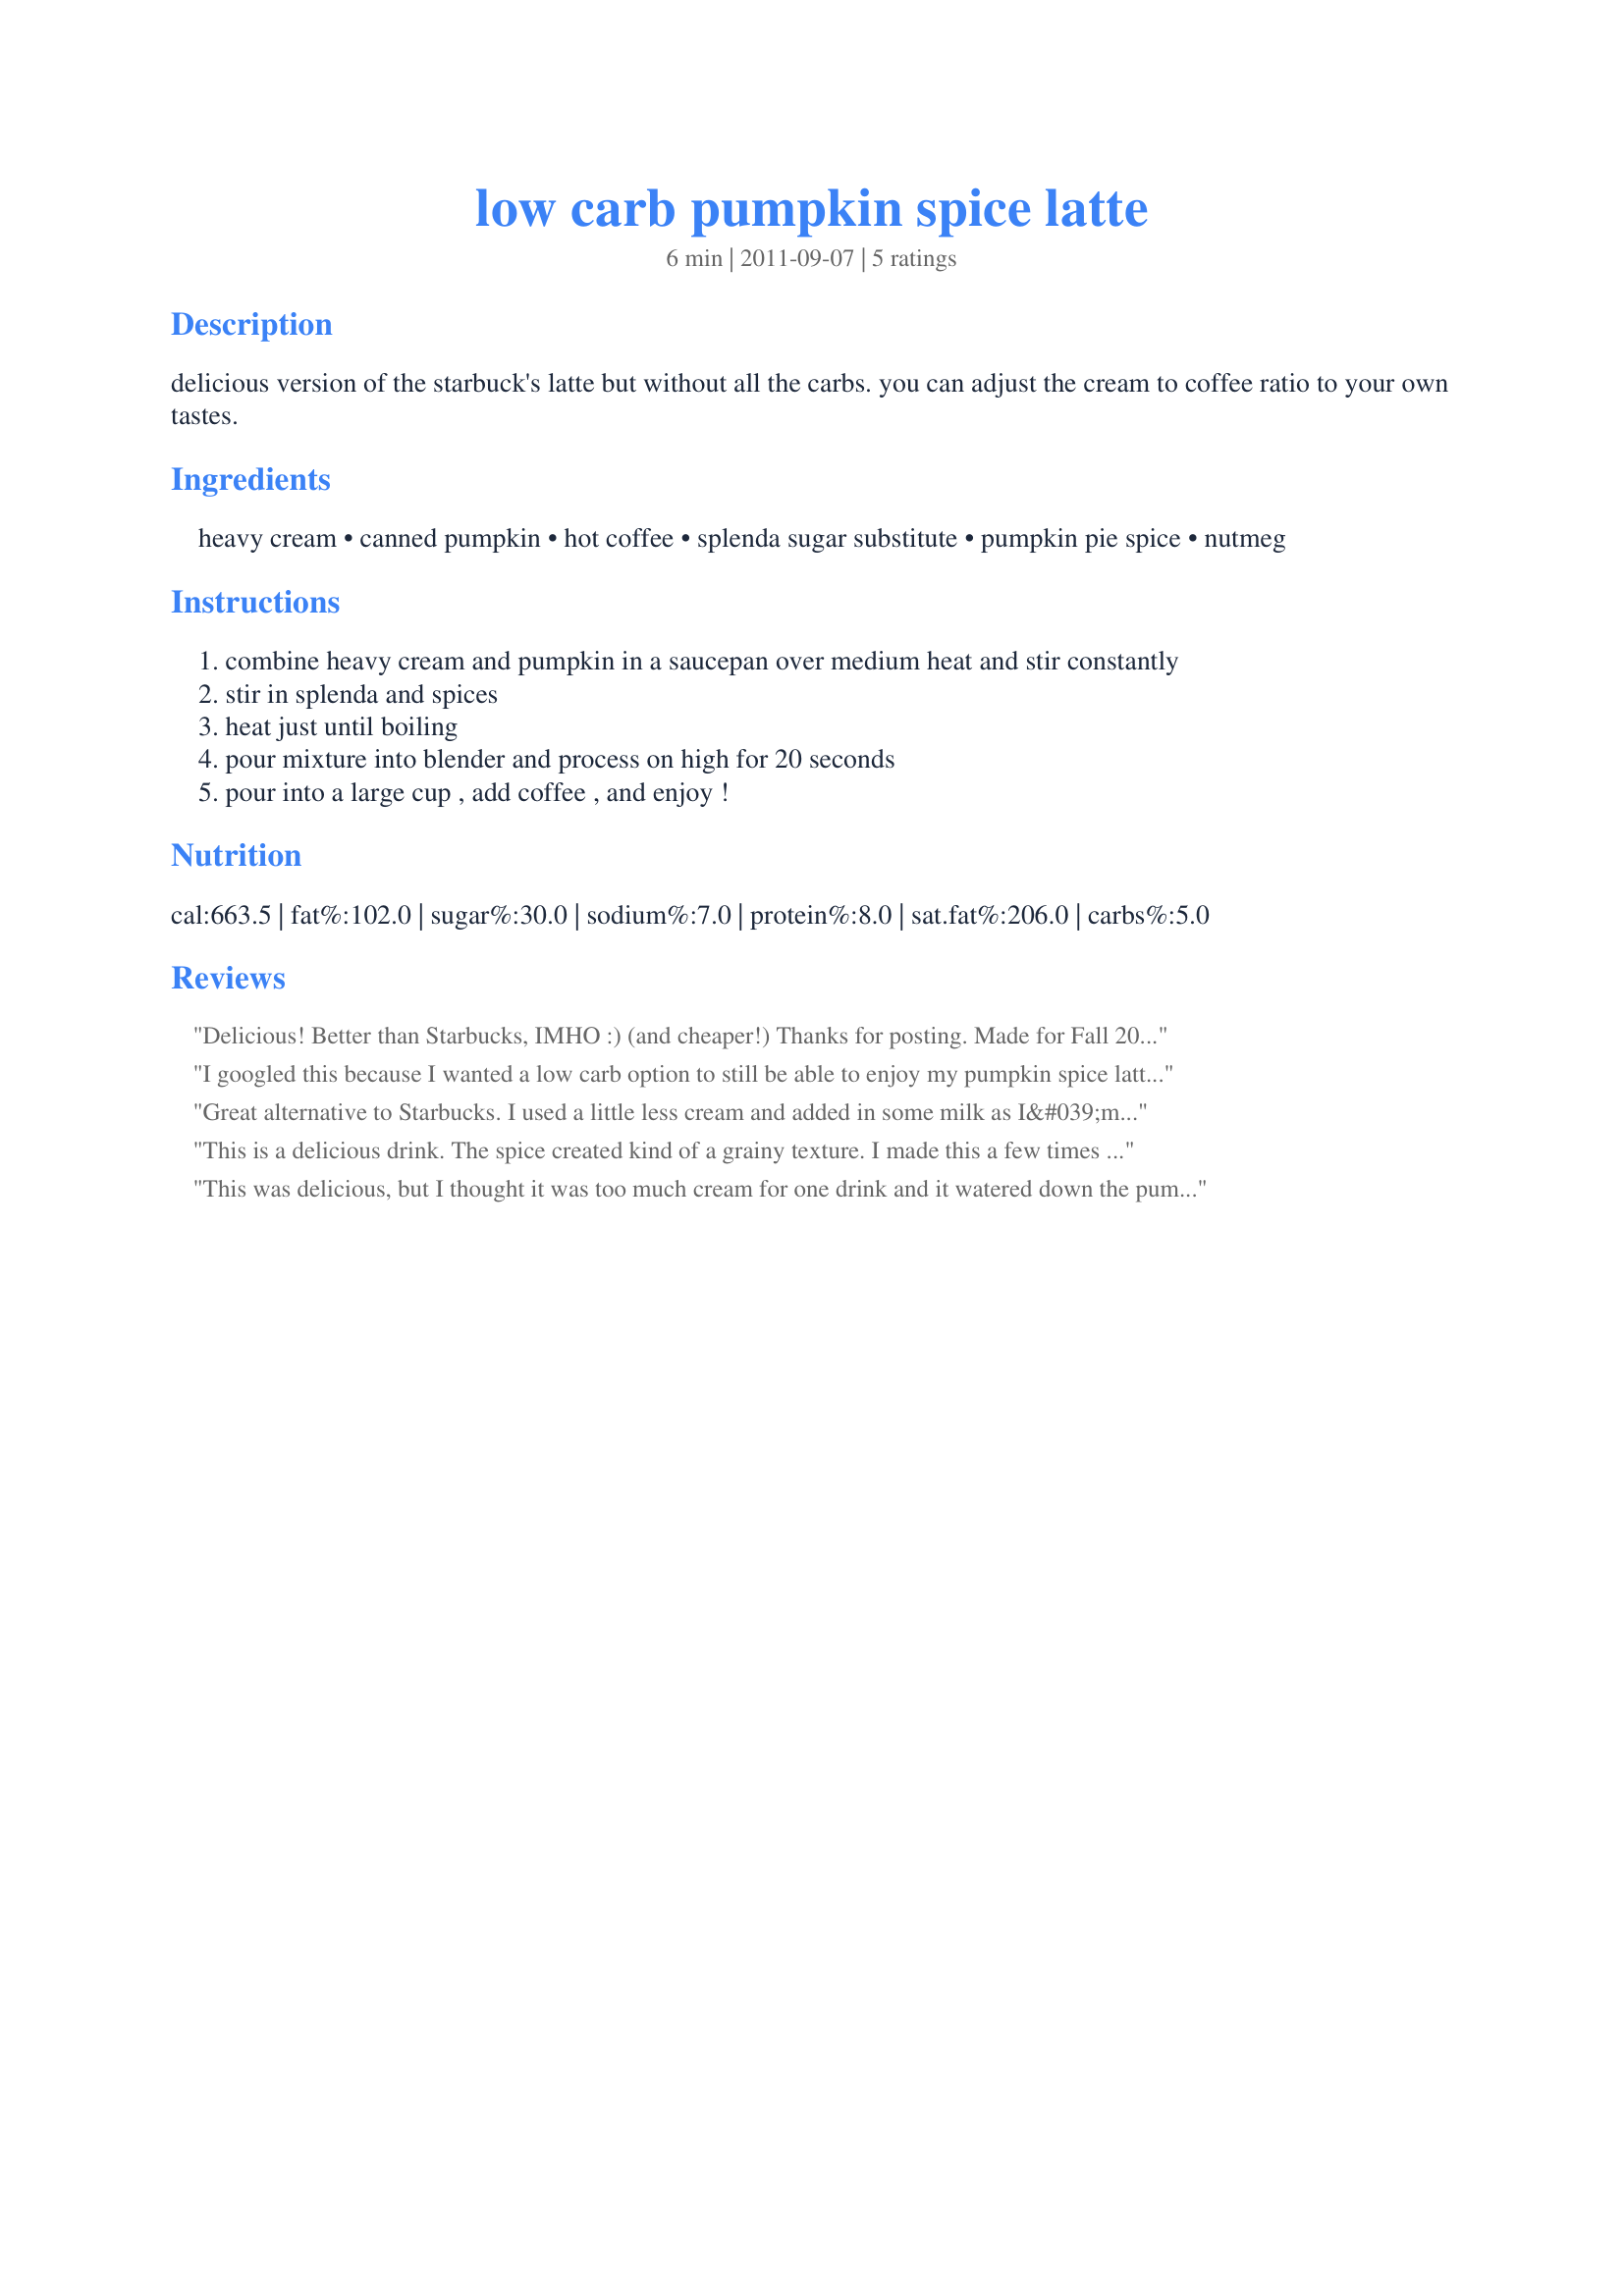
low carb pumpkin spice latte
Preparation time: 6 minutes

delicious version of the starbuck's latte but without all the carbs. you can adjust the cream to coffee ratio to your own tastes.

Ingredients:
heavy cream, canned pumpkin, hot coffee, splenda sugar substitute, pumpkin pie spice, nutmeg

Steps:
combine heavy cream and pumpkin in a saucepan over medium heat and stir constantly
stir in splenda and spices
heat just until boiling
pour mixture into blender and process on high for 20 seconds
pour into a large cup , add coffee , and enjoy !

Reviews:
Delicious! Better than Starbucks, IMHO :) (and cheaper!) Thanks for posting. Made for Fall 2012 PAC game.
I googled this because I wanted a low carb option to still be able to enjoy my pumpkin spice latte's .... I made it the first time with the cream- it was a bit too rich for me, and made my tummy hurt. So.... I did half the cream, and half milk.... I plan on replacing the milk with the hood carb control coffee, but all and all I am super pleased with the outcome! Very tasty!
Great alternative to Starbucks. I used a little less cream and added in some milk as I&#039;m really sensitive to cream and it makes me ill. Still tasted great and the texture was good too.
This is a delicious drink. The spice created kind of a grainy texture. I made this a few times to try to get rid of the grainy texture, and I found adding the pumpkin pie spice to the blending process helped a little bit. Made with recipe #394438. Thanks AnnieGirl for a great recipe. Made for New Kids on the Block tag game.
This was delicious, but I thought it was too much cream for one drink and it watered down the pumpkin pie flavor. I used a homemade pumpkin pie spice blend (from this site) since I don't usually stock pumpkin pie spice, and that worked out well. I don't usually put sugar in my coffee, but I found that sugar really is necessary in this drink in order to get the right pumpkin pie flavor. Thank you, AnnieGirl. Made for Fall 2012 Pick-A-Chef.
